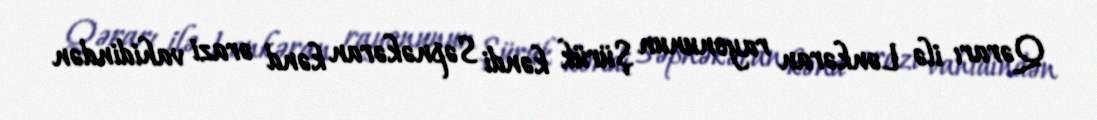
Qərarı ilə Lənkəran rayonunun Şürük kəndi Səpnəkəran kənd ərazi vahidindən